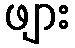
ဖျား